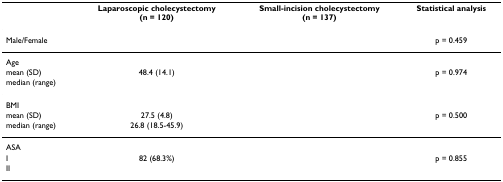
<table><thead><tr><td>[EMPTY_CELL]</td><td><b>Laparoscopic cholecystectomy(n = 120)</b></td><td><b>Small-incision cholecystectomy(n = 137)</b></td><td><b>Statistical analysis</b></td></tr></thead><tbody><tr><td>Male/Female</td><td>[EMPTY_CELL]</td><td>[EMPTY_CELL]</td><td>p = 0.459</td></tr><tr><td>Age</td><td>[EMPTY_CELL]</td><td>[EMPTY_CELL]</td><td>[EMPTY_CELL]</td></tr><tr><td>mean (SD)</td><td>48.4 (14.1)</td><td>[EMPTY_CELL]</td><td>p = 0.974</td></tr><tr><td>median (range)</td><td>[EMPTY_CELL]</td><td>[EMPTY_CELL]</td><td>[EMPTY_CELL]</td></tr><tr><td>BMI</td><td>[EMPTY_CELL]</td><td>[EMPTY_CELL]</td><td>[EMPTY_CELL]</td></tr><tr><td>mean (SD)</td><td>27.5 (4.8)</td><td>[EMPTY_CELL]</td><td>p = 0.500</td></tr><tr><td>median (range)</td><td>26.8 (18.5-45.9)</td><td>[EMPTY_CELL]</td><td>[EMPTY_CELL]</td></tr><tr><td>ASA</td><td>[EMPTY_CELL]</td><td>[EMPTY_CELL]</td><td>[EMPTY_CELL]</td></tr><tr><td>I</td><td>82 (68.3%)</td><td>[EMPTY_CELL]</td><td>p = 0.855</td></tr><tr><td>II</td><td>[EMPTY_CELL]</td><td>[EMPTY_CELL]</td><td>[EMPTY_CELL]</td></tr></tbody></table>